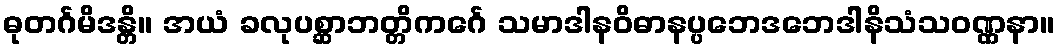
ဓုတင်္ဂမိဒန္တိ။ အယံ ခလုပစ္ဆာဘတ္တိကင်္ဂေ သမာဒါနဝိဓာနပ္ပဘေဒဘေဒါနိသံသဝဏ္ဏနာ။